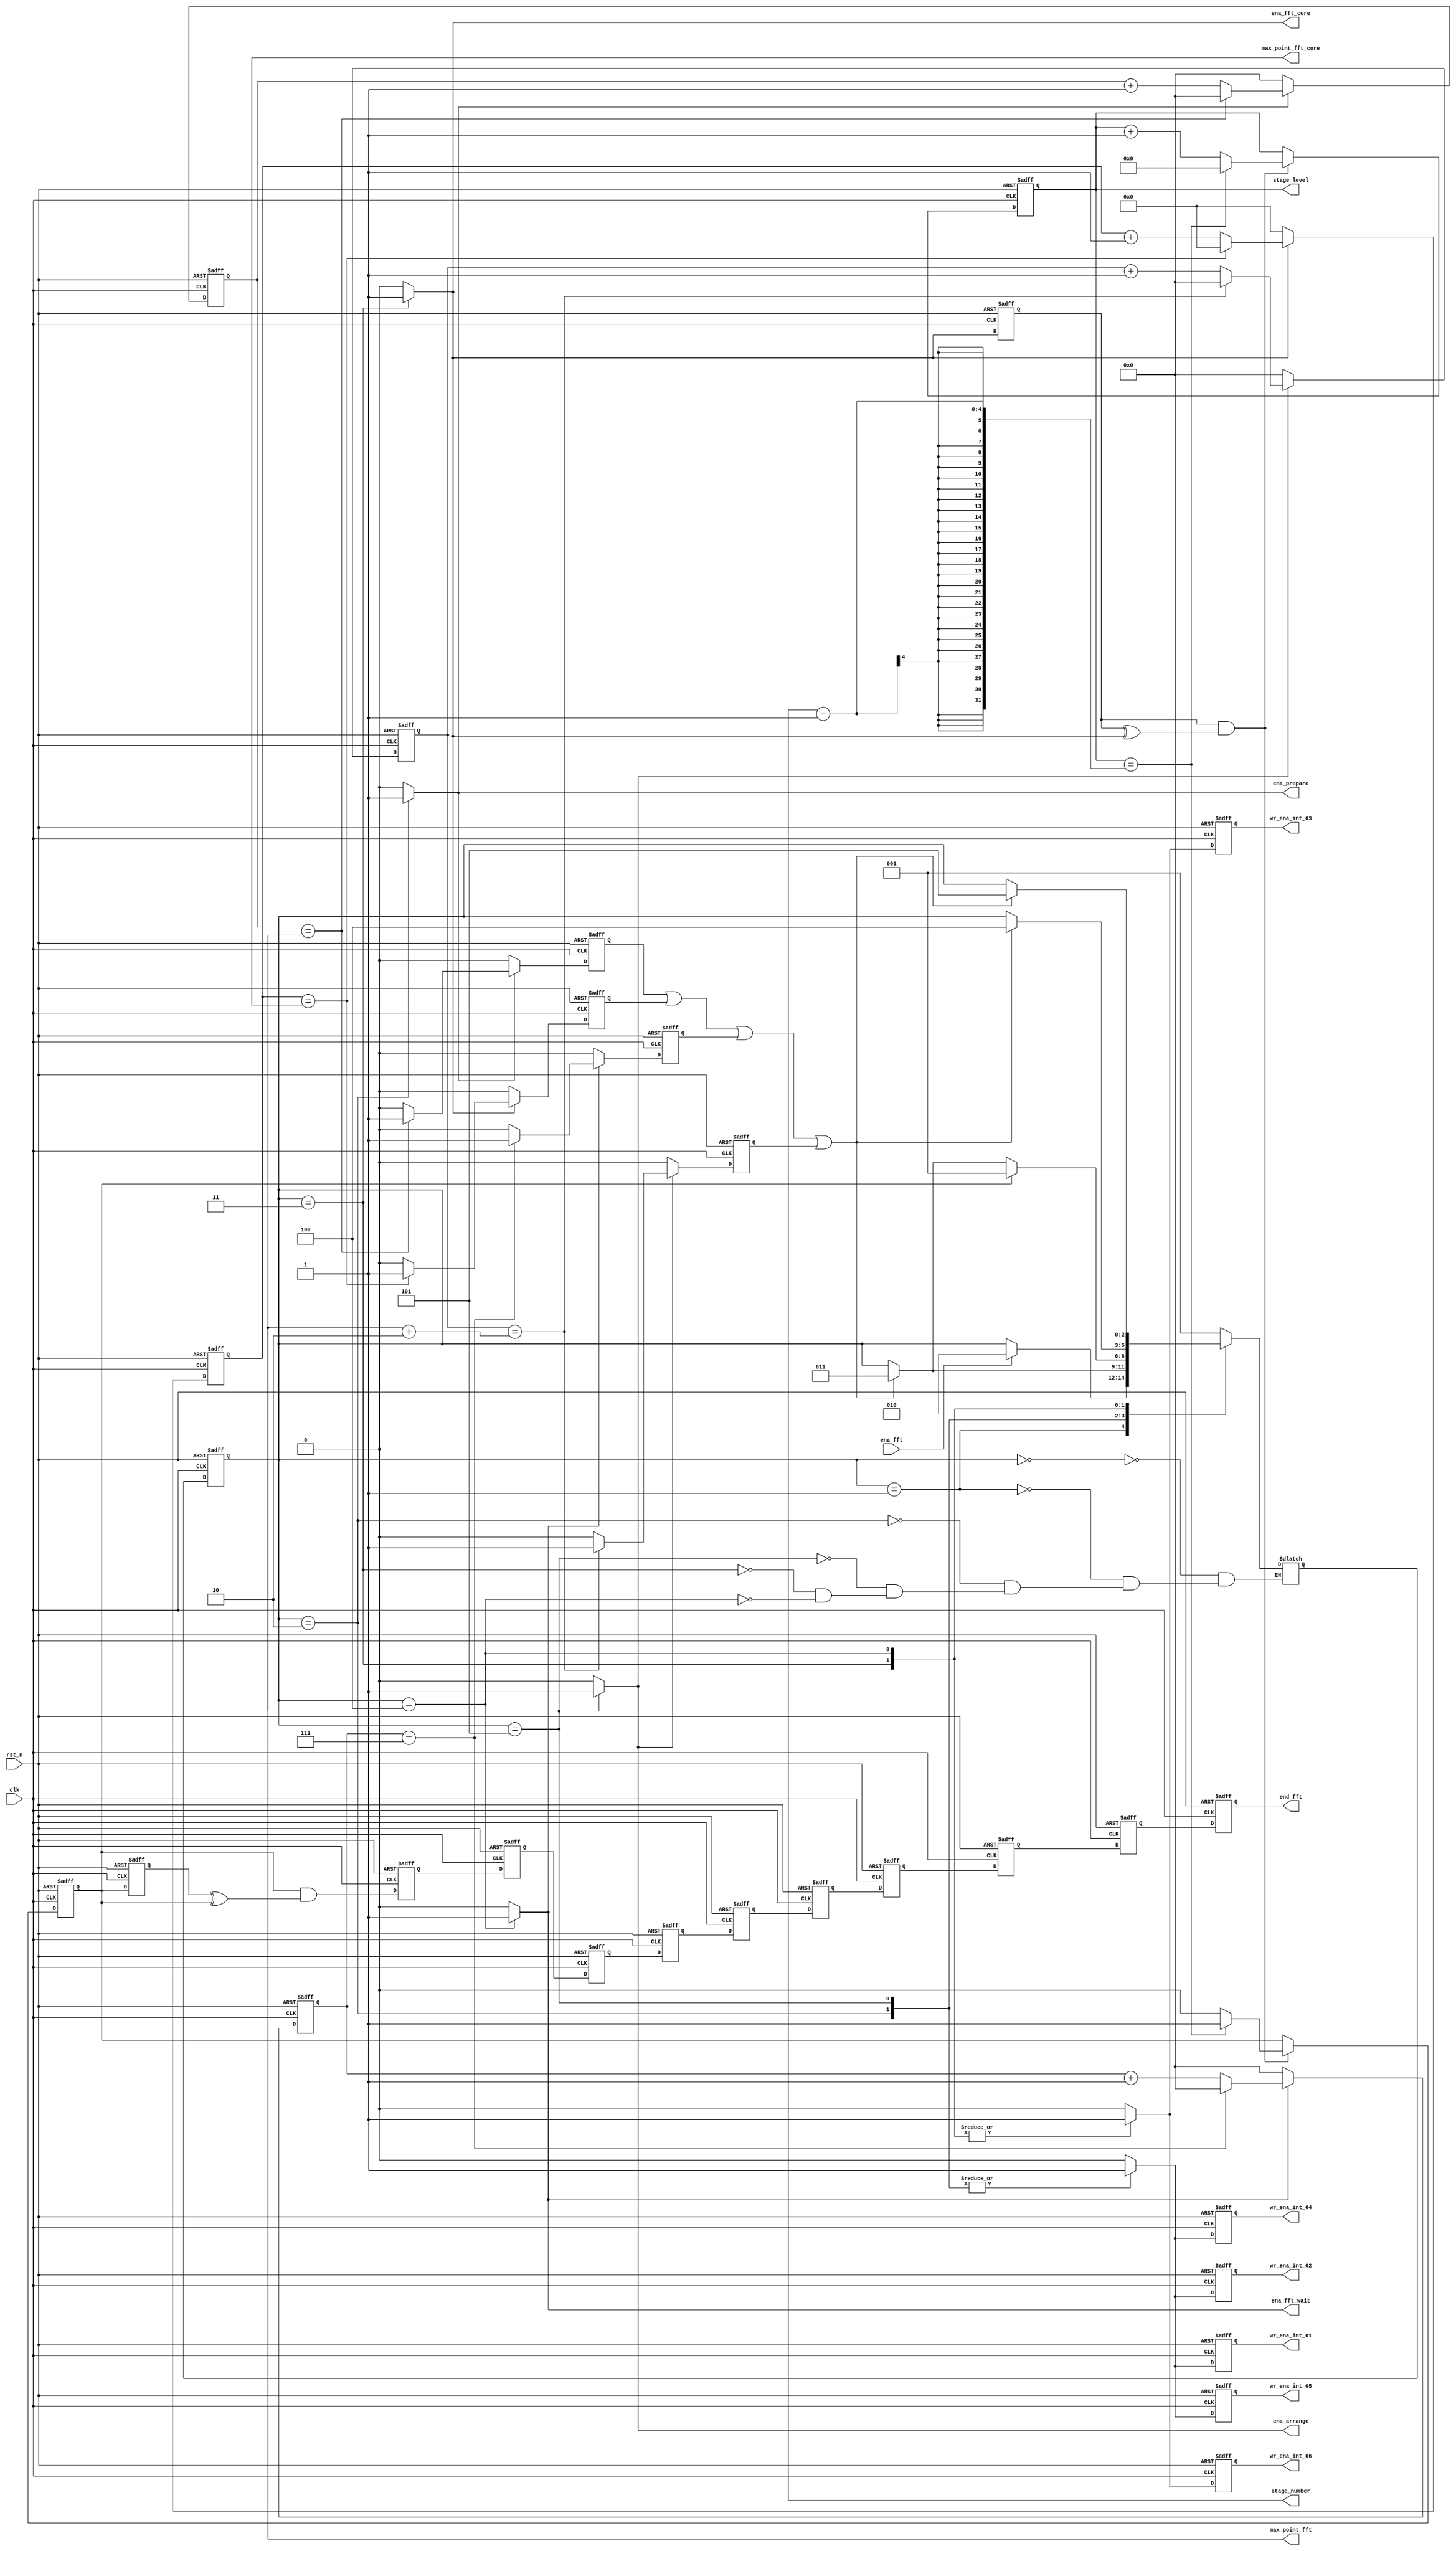
module network_control (clk
           , rst_n
           , ena_fft
           , ena_prepare
           , ena_fft_core
           , ena_fft_wait
           , ena_arrange
           , end_fft
           , max_point_fft
           , max_point_fft_core
	         , stage_level
           , stage_number
           , wr_ena_int_01
           , wr_ena_int_02
           , wr_ena_int_03
           , wr_ena_int_04
           , wr_ena_int_05
           , wr_ena_int_06
           );

//============== PARAMETER

//For state machine

parameter RESET          = 0;
parameter INITIAL        = 1;
parameter PREPARE        = 2;
parameter FFT_CORE       = 3;
parameter FFT_WAIT       = 4;
parameter ARRANGE        = 5;

parameter ADDR_WIDTH = 12;
parameter MAX_WAIT_TIME = 7;
//======================input==========================
input clk;
input rst_n;
input ena_fft;
//======================output=========================
output ena_prepare;
reg    ena_prepare;
output ena_fft_core;
reg    ena_fft_core;
output ena_fft_wait;
reg    ena_fft_wait;
output ena_arrange;
reg    ena_arrange;
output end_fft;
wire   end_fft;
output [ADDR_WIDTH -1:0]max_point_fft;
wire   [ADDR_WIDTH -1:0]max_point_fft;
output [15:0]max_point_fft_core;
wire   [15:0]max_point_fft_core;
output [3:0]stage_number;
wire   [3:0]stage_number;
output [3:0]stage_level;
output wr_ena_int_01;
output wr_ena_int_02;
output wr_ena_int_03;
output wr_ena_int_04;
output wr_ena_int_05;
output wr_ena_int_06;
reg    wr_ena_int_01;
reg    wr_ena_int_02;
reg    wr_ena_int_03;
reg    wr_ena_int_04;
reg    wr_ena_int_05;
reg    wr_ena_int_06;
reg    w_01;
reg    w_02;
reg    w_03;
reg    w_04;
reg    w_05;
reg    w_06;
//=====================wire============================

reg    flag_end;
wire   pre_flag_end;
reg    [2:0] state;
reg    [ADDR_WIDTH -1:0] counter_prepare;
wire   [ADDR_WIDTH -1:0] pre_counter_prepare;
reg    [15:0] counter_fft_core;
wire   [15:0] pre_counter_fft_core;
reg    [ADDR_WIDTH -1:0] counter_fft_wait;
wire   [ADDR_WIDTH -1:0] pre_counter_fft_wait;
reg    [ADDR_WIDTH -1:0] counter_arrange;
wire   [ADDR_WIDTH -1:0] pre_counter_arrange;
reg    ena_state1;
reg    ena_state2;
reg    ena_state3;
reg    ena_state4;
wire   ena_state;   
reg    [2:0] next_state;
reg    w1;
wire   ena_fft_core_flag;
wire   w2;
reg    w3;
wire   w4;
wire pre_end_fft;
reg w5;
reg w6;
reg w7;
reg w8;
reg w9;
reg w10;
reg w11;
reg w12;
reg w13;
reg w14;
reg    [3:0]stage_level;
wire   [3:0]pre_stage_level;

//=================== STATE MACHINE TO CONTROL =====================//
always@(posedge clk or negedge rst_n) begin
    if(!rst_n) begin
        state <= RESET;
    end
    else begin
        state <= next_state;
    end
end

always@(*) begin
    case (state) 
        RESET: begin
            next_state <= INITIAL;
        end
        INITIAL: begin
            if (ena_fft) begin
               next_state   <= PREPARE;
            end
            else begin
               next_state <= state;
            end
        end
        PREPARE: begin
            if (ena_state) begin
               next_state <= FFT_CORE;
            end
            else begin
               next_state   <= state;
            end
        end
        ARRANGE: begin
            if(!flag_end) begin
               if (ena_state) begin
                  next_state <= FFT_CORE;
               end
               else begin
                  next_state   <= state;
               end
            end
            else begin
               next_state   <= INITIAL;
            end
        end
        FFT_CORE: begin
            if(ena_state) begin
               next_state <= FFT_WAIT;
            end
            else begin
               next_state   <= state;
            end
        end
        FFT_WAIT: begin
            if(ena_state) begin
               next_state <= ARRANGE;
            end
            else begin
               next_state   <= state;
            end
        end
  endcase
end
//*************************/Output of state machine to control data flow
always@(state) begin
        case(state)
          INITIAL: begin
            ena_prepare    <= 1'b0;
            ena_fft_core   <= 1'b0;
            ena_fft_wait   <= 1'b0;
            ena_arrange    <= 1'b0;
            w_01  <= 1'b0;
            w_02  <= 1'b0;
            w_03  <= 1'b0;
            w_04  <= 1'b0;
            w_05  <= 1'b0;
            w_06  <= 1'b0;
          end
          PREPARE: begin
            ena_prepare    <= 1'b1;
            ena_fft_core   <= 1'b0;
            ena_fft_wait   <= 1'b0;
            ena_arrange    <= 1'b0;
            w_01  <= 1'b1;
            w_02  <= 1'b1;
            w_03  <= 1'b0;
            w_04  <= 1'b1;
            w_05  <= 1'b1;
            w_06  <= 1'b0;
          end
          FFT_CORE: begin
            ena_prepare    <= 1'b0;
            ena_fft_core   <= 1'b1;
            ena_fft_wait   <= 1'b0;
            ena_arrange    <= 1'b0;
            w_01  <= 1'b0;
            w_02  <= 1'b0;
            w_03  <= 1'b1;
            w_04  <= 1'b0;
            w_05  <= 1'b0;
            w_06  <= 1'b1;
          end
          FFT_WAIT: begin
            ena_prepare    <= 1'b0;
            ena_fft_core   <= 1'b0;
            ena_fft_wait   <= 1'b1;
            ena_arrange    <= 1'b0;
            w_01  <= 1'b0;
            w_02  <= 1'b0;
            w_03  <= 1'b1;
            w_04  <= 1'b0;
            w_05  <= 1'b0;
            w_06  <= 1'b1;
          end
          ARRANGE: begin
            ena_prepare    <= 1'b0;
            ena_fft_core   <= 1'b0;
            ena_fft_wait   <= 1'b0;
            ena_arrange    <= 1'b1;
            w_01  <= 1'b1;
            w_02  <= 1'b1;
            w_03  <= 1'b0;
            w_04  <= 1'b1;
            w_05  <= 1'b1;
            w_06  <= 1'b0;
          end
          default: begin 
            ena_prepare    <= 1'b0;
            ena_fft_core   <= 1'b0;
            ena_fft_wait   <= 1'b0;
            ena_arrange    <= 1'b0;
            w_01  <= 1'b0;
            w_02  <= 1'b0;
            w_03  <= 1'b0;
            w_04  <= 1'b0;
            w_05  <= 1'b0;
            w_06  <= 1'b0;
           end
        endcase
    end
//================Counter prepare========================
always@(posedge clk or negedge rst_n) begin    
    if(!rst_n) begin
      counter_prepare  <= 0;
      ena_state1     <= 1'b0;
    end
    else begin
      if(ena_prepare) begin
        if (pre_counter_prepare == max_point_fft) begin
          counter_prepare  <= 0;
          ena_state1     <= 1'b1;
        end
        else begin               
          counter_prepare  <= pre_counter_prepare + 1;
          ena_state1     <= 1'b0;
        end
       end
       else begin
               counter_prepare <= 0;
               ena_state1    <= 1'b0;
       end
    end
end
assign pre_counter_prepare = counter_prepare;
//==============Counter fft==============================
always@(posedge clk or negedge rst_n) begin    
    if(!rst_n) begin
      counter_fft_core  <= 0;
      ena_state2        <= 1'b0;
    end
    else begin
      if(ena_fft_core) begin
        if (pre_counter_fft_core == max_point_fft_core) begin  
          counter_fft_core  <= 0;
          ena_state2        <= 1'b1;
        end
        else begin               
          counter_fft_core  <= pre_counter_fft_core + 1;
          ena_state2        <= 1'b0;
        end
       end
       else begin
          counter_fft_core <= 0;
          ena_state2       <= 1'b0;
       end
    end
end
assign pre_counter_fft_core = counter_fft_core;

//==============Counter wait==============================
always@(posedge clk or negedge rst_n) begin    
    if(!rst_n) begin
      counter_fft_wait  <= 0;
      ena_state3        <= 1'b0;
    end
    else begin
      if(ena_fft_wait) begin
        if (pre_counter_fft_wait == MAX_WAIT_TIME) begin  
          counter_fft_wait  <= 0;
          ena_state3        <= 1'b1;
        end
        else begin               
          counter_fft_wait  <= pre_counter_fft_wait + 1;
          ena_state3        <= 1'b0;
        end
       end
       else begin
          counter_fft_wait <= 0;
          ena_state3       <= 1'b0;
       end
    end
end
assign pre_counter_fft_wait = counter_fft_wait;


//====================Counter arrange=====================================
always@(posedge clk or negedge rst_n) begin    
    if(!rst_n) begin
      counter_arrange  <= 0;
      ena_state4        <= 1'b0;
    end
    else begin
      if(ena_arrange) begin
        if (pre_counter_arrange == max_point_fft+2) begin
          counter_arrange  <= 0;
          ena_state4        <= 1'b1;
        end
        else begin               
          counter_arrange  <= pre_counter_arrange + 1;
          ena_state4        <= 1'b0;
        end
       end
       else begin
               counter_arrange <= 0;
               ena_state4       <= 1'b0;
       end
    end
end
assign pre_counter_arrange = counter_arrange;

assign ena_state = ((ena_state1 | ena_state2) | ena_state3 | ena_state4); 
//=================== tinh stage_level=================================
always@(posedge clk or negedge rst_n) begin
    if(!rst_n) begin
     	stage_level <= 0;
      flag_end    <= 1'b0;
    end
    else begin
      if (ena_fft_core_flag) begin
          if (stage_level == (stage_number - 1)) begin
            stage_level <= 0;
            flag_end    <= 1'b1;
          end
          else begin
            stage_level <= pre_stage_level + 1;
            flag_end    <= 1'b0;
          end
      end
      else begin
         stage_level <= pre_stage_level;
         flag_end    <= pre_flag_end;
      end
    end
end
assign pre_stage_level = stage_level;
assign pre_flag_end    = flag_end;
//-----------------enable---------------
always@(posedge clk or negedge rst_n) begin
  if (!rst_n) begin
    wr_ena_int_01 <= 0;
    wr_ena_int_02 <= 0;
    wr_ena_int_03 <= 0;
    wr_ena_int_04 <= 0;
    wr_ena_int_05 <= 0;
    wr_ena_int_06 <= 0;
  end
  else begin
    wr_ena_int_01 <= w_01;
    wr_ena_int_02 <= w_02;
    wr_ena_int_03 <= w_03;
    wr_ena_int_04 <= w_04;
    wr_ena_int_05 <= w_05;
    wr_ena_int_06 <= w_06;
  end
end
//========================= xu ly tin hieu ena_fft============================
always@(posedge clk or negedge rst_n) begin
	if (!rst_n) begin
		w1 <= 0;
	end
	else begin 
        	w1 <= ena_fft_core;
	end
end
assign w2 = w1 ^ ena_fft_core;
assign ena_fft_core_flag = w1 &  w2;
//=================== xu ly tin hieu out_fft============================
always@(posedge clk or negedge rst_n) begin
	if (!rst_n) begin
		w3 <= 1'b0;
	end
	else begin
       	 	w3 <= flag_end;
	end
end

assign w4 = w3 ^ flag_end;
assign pre_end_fft = flag_end &  w4;

always@(posedge clk or negedge rst_n) begin
        if (!rst_n) begin
                w5 <= 0;
        end
        else begin
                w5 <= pre_end_fft;
        end
end

always@(posedge clk or negedge rst_n) begin
        if (!rst_n) begin
                w6 <= 0;
        end
        else begin
                w6 <= w5;
        end
end
always@(posedge clk or negedge rst_n) begin
        if (!rst_n) begin
                w7 <= 0;
        end
        else begin
                w7 <= w6;
        end
end
always@(posedge clk or negedge rst_n) begin
        if (!rst_n) begin
                w8 <= 0;
        end
        else begin
                w8 <= w7;
        end
end
always@(posedge clk or negedge rst_n) begin
        if (!rst_n) begin
                w9 <= 0;
        end
        else begin
                w9 <= w8;
        end
end
always@(posedge clk or negedge rst_n) begin
        if (!rst_n) begin
                w10 <= 0;
        end
        else begin
                w10 <= w9;
        end
end
always@(posedge clk or negedge rst_n) begin
        if (!rst_n) begin
                w11 <= 0;
        end
        else begin
                w11 <= w10;
        end
end
always@(posedge clk or negedge rst_n) begin
        if (!rst_n) begin
                w12 <= 0;
        end
        else begin
                w12 <= w11;
        end
end
always@(posedge clk or negedge rst_n) begin
        if (!rst_n) begin
                w13 <= 0;
        end
        else begin
                w13 <= w12;
        end
end
always@(posedge clk or negedge rst_n) begin
        if (!rst_n) begin
                w14 <= 0;
        end
        else begin
                w14 <= w13;
        end
end
assign end_fft = w14;

//==================== doc cac du lieu tu bo nho====================================
//para_input para_input01(.clk(clk), .rst_n(rst_n), .max_point_fft(max_point_fft), .max_point_fft_core(max_point_fft_core), .stage_number(stage_number)); 
endmodule